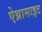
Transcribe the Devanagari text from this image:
ऐथ्रासाइट